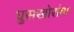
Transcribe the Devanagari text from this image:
घुसखोरांचा